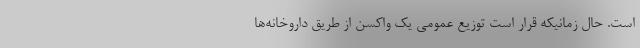
است. حال زمانیکه قرار است توزیع عمومی یک واکسن از طریق داروخانه‌ها